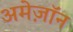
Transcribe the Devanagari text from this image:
अमेज़ॉन